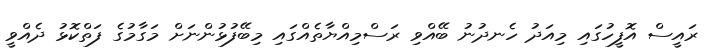
ރައީސް އޮފީހުގައި މިއަދު ހެނދުނު ބޭއްވި ރަސްމިއްޔާތެއްގައި މިބޭފުޅުންނަށް މަގާމުގެ ފަތްކޮޅު ދެއްވީ